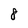
Character: 8